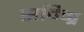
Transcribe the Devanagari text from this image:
सम्ग्रि